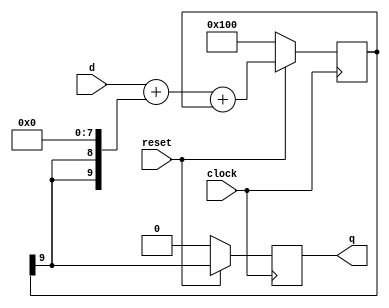
//-----------------------------------------------------------------------------
//
// Delta-Sigma DAC
//
// $Id: dac.vhd,v 1.1 2006/05/10 20:57:06 arnim Exp $
//
// Refer to Xilinx Application Note XAPP154.
//
// This DAC requires an external RC low-pass filter:
//
//   o 0---XXXXX---+---0 analog audio
//          3k3    |
//                === 4n7
//                 |
//                GND
//
//-----------------------------------------------------------------------------

module dac #
(
	parameter MSBI = 7         // Most significant Bit of DAC input
)
(
	input  wire         clock,
	input  wire         reset,
	input  wire[MSBI:0] d,     // DAC input (excess 2**MSBI)
	output reg          q      // This is the average output that feeds low pass filter
);                             // for optimum performance, ensure that this ff is in IOB

reg[MSBI+2:0] DeltaAdder;      // Output of Delta adder
reg[MSBI+2:0] SigmaAdder;      // Output of Sigma adder
reg[MSBI+2:0] SigmaLatch;      // Latches output of Sigma adder
reg[MSBI+2:0] DeltaB;          // B input of Delta adder

always @(SigmaLatch) DeltaB <= { SigmaLatch[MSBI+2], SigmaLatch[MSBI+2] } << (MSBI+1);
always @(d or DeltaB) DeltaAdder <= d+DeltaB;
always @(DeltaAdder or SigmaLatch) SigmaAdder <= DeltaAdder+SigmaLatch;
always @(posedge clock)
begin
	if(!reset)
	begin
		SigmaLatch <= #1 1'b1 << (MSBI+1);
		q <= #1 1'b0;
	end
	else
	begin
		SigmaLatch <= #1 SigmaAdder;
		q <= #1 SigmaLatch[MSBI+2];
	end
end

endmodule